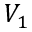
V _ { 1 }